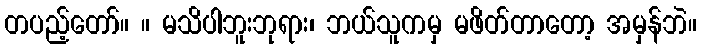
တပည့်တော်။ ။ မသိပါဘူးဘုရား၊ ဘယ်သူကမှ မဖိတ်တာတော့ အမှန်ဘဲ။